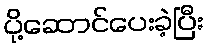
ပို့ဆောင်ပေးခဲ့ပြီး